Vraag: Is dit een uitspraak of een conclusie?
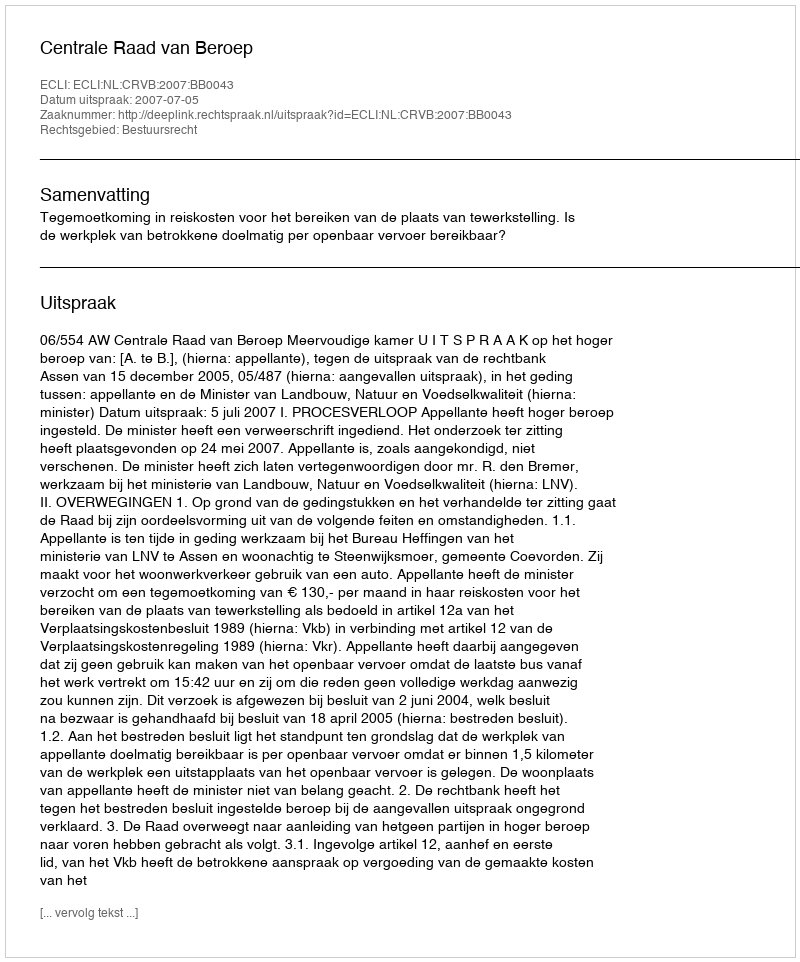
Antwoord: Uitspraak